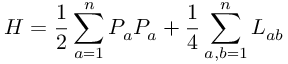
H = \frac { 1 } { 2 } \sum _ { a = 1 } ^ { n } P _ { a } P _ { a } + \frac { 1 } { 4 } \sum _ { a , b = 1 } ^ { n } L _ { a b }